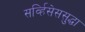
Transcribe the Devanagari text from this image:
सर्व्हिसेससुद्धा